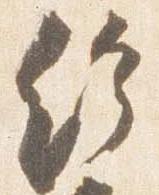
給